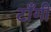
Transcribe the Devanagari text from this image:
टाँगी